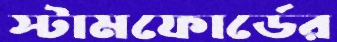
স্টামফোর্ডের